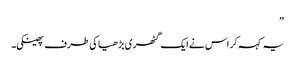
”
یہ کہہ کر اس نے ایک گٹھری بڑھیا کی طرف پھینکی۔